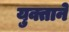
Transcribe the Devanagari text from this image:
युक्ताने